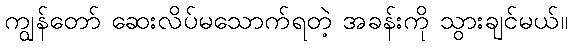
ကျွန်တော် ဆေးလိပ်မသောက်ရတဲ့ အခန်းကို သွားချင်မယ်။